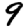
Digit: 9